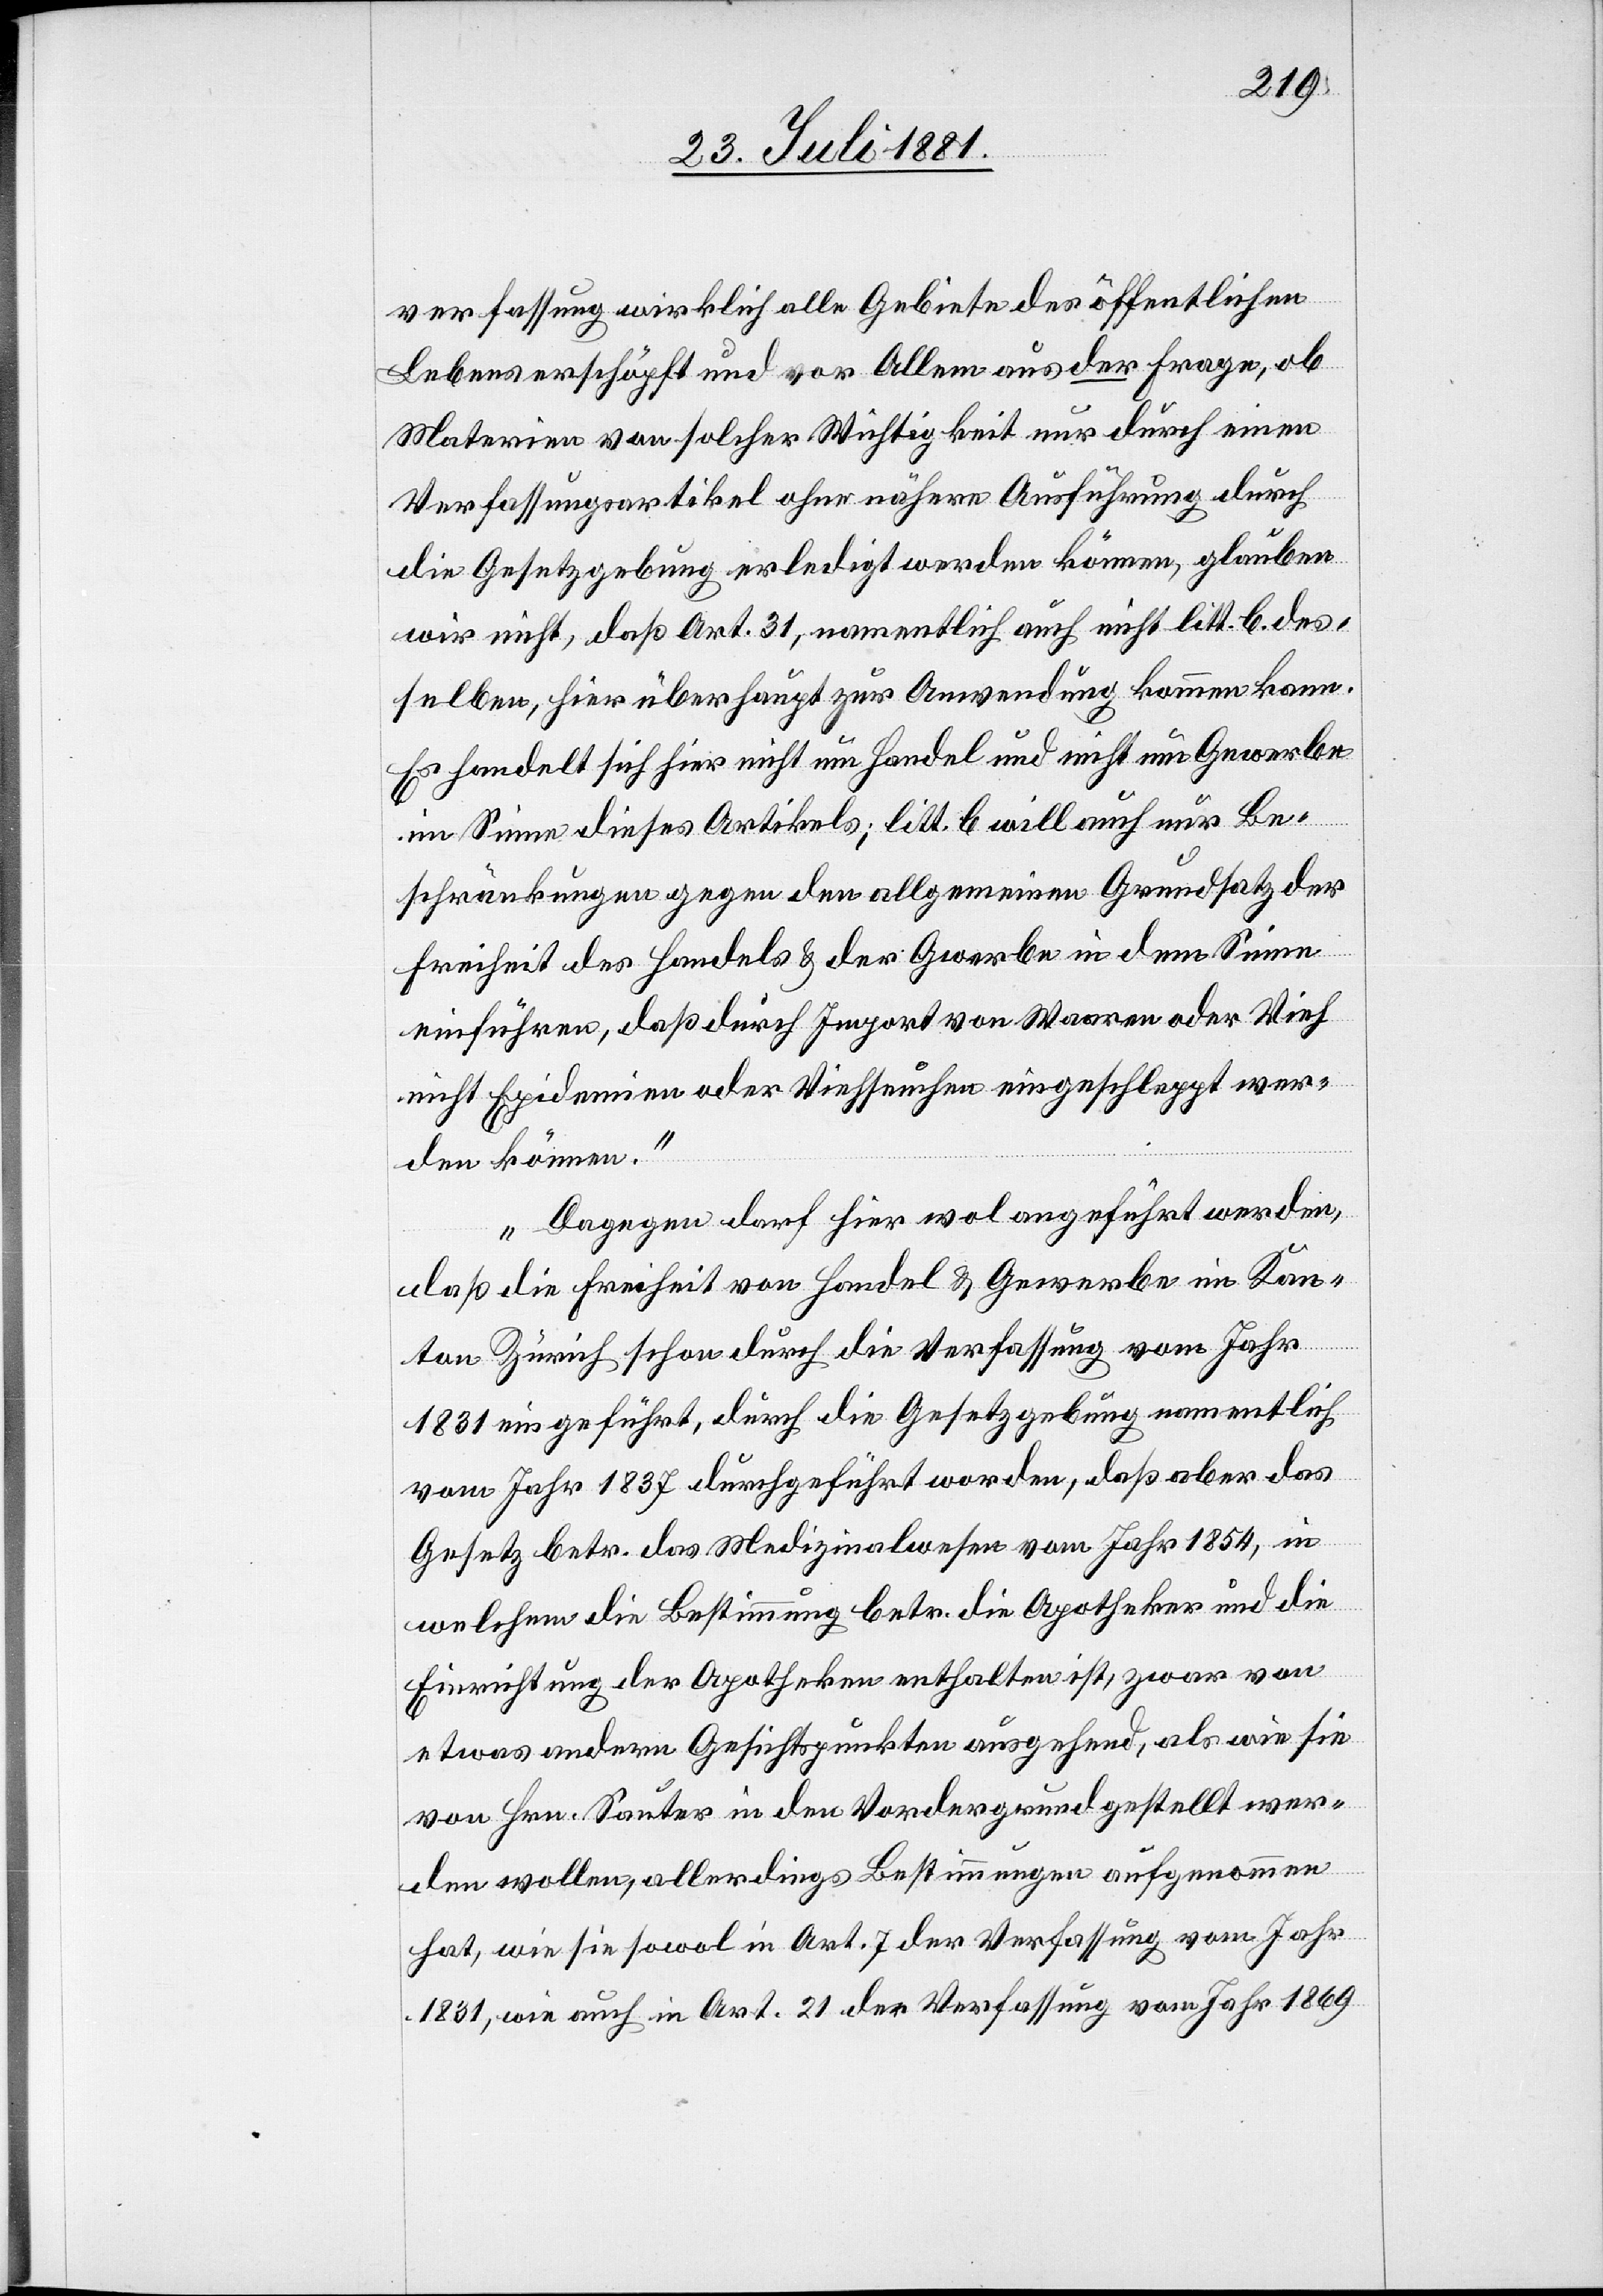
verfassung wirklich alle Gebiete des öffentlichen
Lebens erschöpft und von Allem aus der Frage, ob
Materien von solcher Wichtigkeit nur durch einen
Verfassungsartikel ohne nähere Ausführung durch
die Gesetzgebung erledigt werden können, glaube
wir nicht, daß Art. 31, namentlich auch nicht litt. b des¬
selben, hier überhaupt zur Anwendung kommen kann.
Es handelt sich hier nicht um Handel und nicht um Gewerbe
im Sinne dieses Artikels; litt b will auch nur Be¬
schränkungen gegen den allgemeinen Grundsatz der
Freiheit des Handels & der G[e]werbe in dem Sinne
einführen, daß durch Import von Waren oder Vieh
nicht Epidemien oder Viehseuchen eingeschleppt wer¬
den können.
Dagegen darf hier wol angeführt werden,
daß die Freiheit von Handel & Gewerbe im Kan¬
ton Zürich schon durch die Verfassung vom Jahr
1831 eingeführt, durch die Gesetzgebung namentlich
vom Jahr 1837 durchgeführt worden, daß aber das
Gesetz betr. das Medizinalwesen vom Jahr 1854, in
welchem die Bestimmung betr. die Apotheker und die
Einrichtung der Apotheken enthalten ist, zwar von
etwas andern Gesichtspunkten ausgehend, als wie sie
von Hr. Sauter in den Vordergrund gestellt wer¬
den wollen, allerdings Bestimmungen aufgenommen
hat, wie sie sowol in Art. 7 der Verfassung vom Jahr
1831, wie auch in Art. 21 der Verfassung vom Jahr 1869